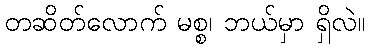
တဆိတ်လောက် မစ္စ၊ ဘယ်မှာ ရှိလဲ။